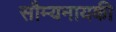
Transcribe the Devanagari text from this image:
सौम्यनायकी